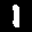
Label: 1